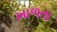
ખાળતા